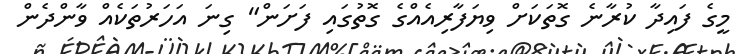
މީގެ ފައިދާ ކުރާނެ ގޮތަކަށް ވިޔަފާރިއެއްގެ ގޮތުގައި ފަށަން" ގިނަ އަހަރުތަކެއް ވާންދެން